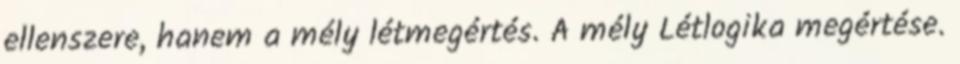
ellenszere, hanem a mély létmegértés. A mély Létlogika megértése.